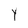
Character: Y